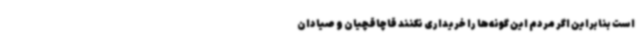
است بنابراین اگر مردم این گونه‌ها را خریداری نکنند قاچاقچیان و صیادان